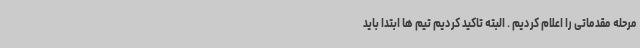
مرحله مقدماتی را اعلام کردیم . البته تاکید کردیم تیم ها ابتدا باید